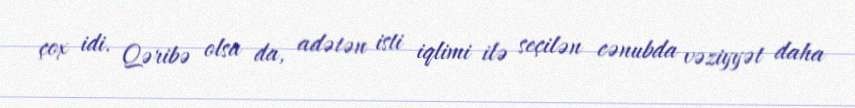
çox idi. Qəribə olsa da, adətən isti iqlimi ilə seçilən cənubda vəziyyət daha